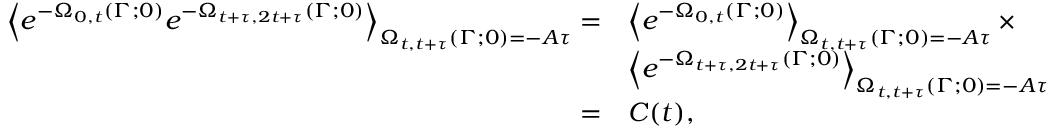
\begin{array} { r l } { \left< e ^ { - \Omega _ { 0 , t } ( \Gamma ; 0 ) } e ^ { - \Omega _ { t + \tau , 2 t + \tau } ( \Gamma ; 0 ) } \right> _ { \Omega _ { t , t + \tau } ( \Gamma ; 0 ) = - A \tau } = } & { \left< e ^ { - \Omega _ { 0 , t } ( \Gamma ; 0 ) } \right> _ { \Omega _ { t , t + \tau } ( \Gamma ; 0 ) = - A \tau } \times \hfill } \\ & { \left< e ^ { - \Omega _ { t + \tau , 2 t + \tau } ( \Gamma ; 0 ) } \right> _ { \Omega _ { t , t + \tau } ( \Gamma ; 0 ) = - A \tau } } \\ { = } & { C ( t ) , } \end{array}